Piroplasma canis and its life cycle in the tick - Number 29
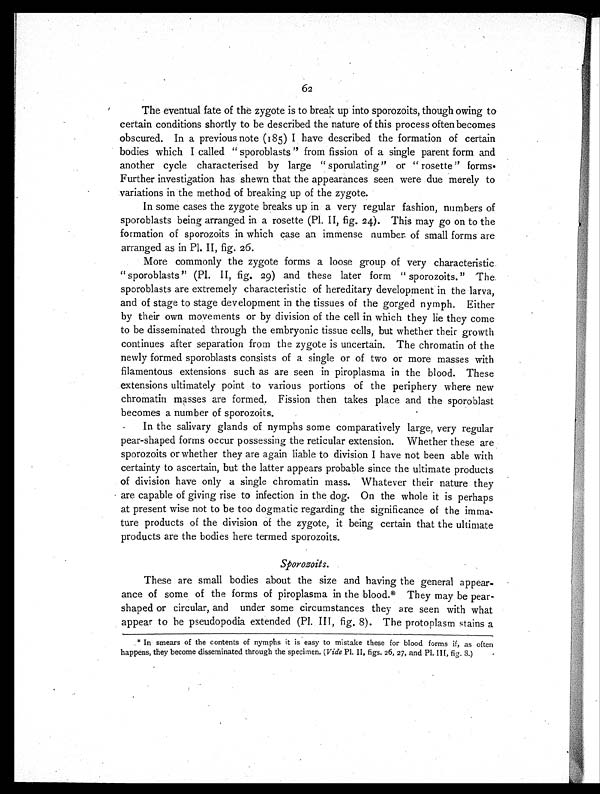
62
The eventual fate of the zygote is to break up into sporozoits, though owing to
certain conditions shortly to be described the nature of this process often becomes
obscured. In a previous note (185) I have described the formation of certain
bodies which I called "sporoblasts " from fission of a single parent form and
another cycle characterised by large " sporulating" or " rosette " forms.
Further investigation has shewn that the appearances seen were due merely to
variations in the method of breaking up of the zygote.
In some cases the zygote breaks up in a very regular fashion, numbers of
sporoblasts being arranged in a rosette (Pl. II, fig. 24). This may go on to the
formation of sporozoits in which case an immense number of small forms are
arranged as in Pl. II, fig. 26.
More commonly the zygote forms a loose group of very characteristic
"sporoblasts" (Pl. II, fig. 29) and these later form " sporozoits." The
sporoblasts are extremely characteristic of hereditary development in the larva,
and of stage to stage development in the tissues of the gorged nymph. Either
by their own movements or by division of the cell in which they lie they come
to be disseminated through the embryonic tissue cells, but whether their growth
continues after separation from the zygote is uncertain. The chromatin of the
newly formed sporoblasts consists of a single or of two or more masses with
filamentous extensions such as are seen in piroplasma in the blood. These
extensions ultimately point to various portions of the periphery where new
chromatin masses are formed. Fission then takes place and the sporoblast
becomes a number of sporozoits.
In the salivary glands of nymphs some comparatively large, very regular
pear-shaped forms occur possessing the reticular extension. Whether these are
sporozoits or whether they are again liable to division I have not been able with
certainty to ascertain, but the latter appears probable since the ultimate products
of division have only a single chromatin mass. Whatever their nature they
are capable of giving rise to infection in the dog. On the whole it is perhaps
at present wise not to be too dogmatic regarding the significance of the imma-
ture products of the division of the zygote, it being certain that the ultimate
products are the bodies here termed sporozoits.
Sporozoits.
These are small bodies about the size and having the general appear-
ance of some of the forms of piroplasma in the blood.* They may be pear-
shaped or circular, and under some circumstances they are seen with what
appear to be pseudopodia extended (Pl. III, fig. 8). The protoplasm stains a
* In smears of the contents of nymphs it is easy to mistake these for blood forms if, as often
happens, they become disseminated through the specimen. ( Vide Pl. II, figs. 26, 27, and Pl. III, fig. 8.)